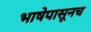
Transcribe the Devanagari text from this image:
भाषेपासूनच